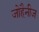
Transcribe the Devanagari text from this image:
जोहैनीज